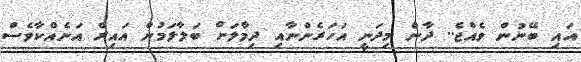
އައި ބޭނުން ވެއްޖެ.. ދާން މިދަނީ އަހަރެންނާއި ދިމާލަށް ބަލާލަމުން އައިރް އަނެއްކާވެސް